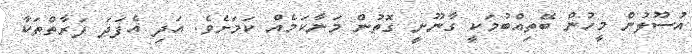
އުސޫލުން މީހުން ބޭތިއްބުމަކީ ގާނޫނީ ގޮތުން މަނާކަމެއް ކަމަށެވެ. އަދި އެފަދަ ފަރާތްތަކާ